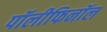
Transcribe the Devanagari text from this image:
पॉलीफिनॉल